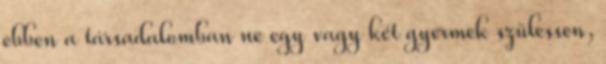
ebben a társadalomban ne egy vagy két gyermek szülessen,